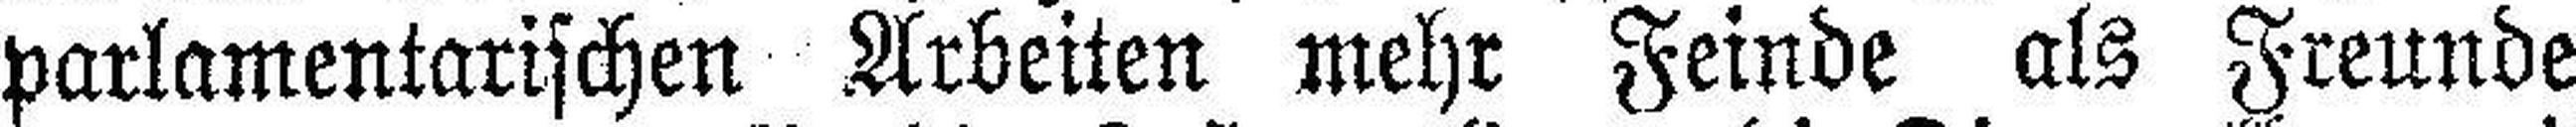
parlamentarischen Arbeiten mehr Feinde als Freunde